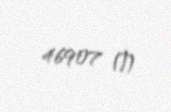
46907 ₼